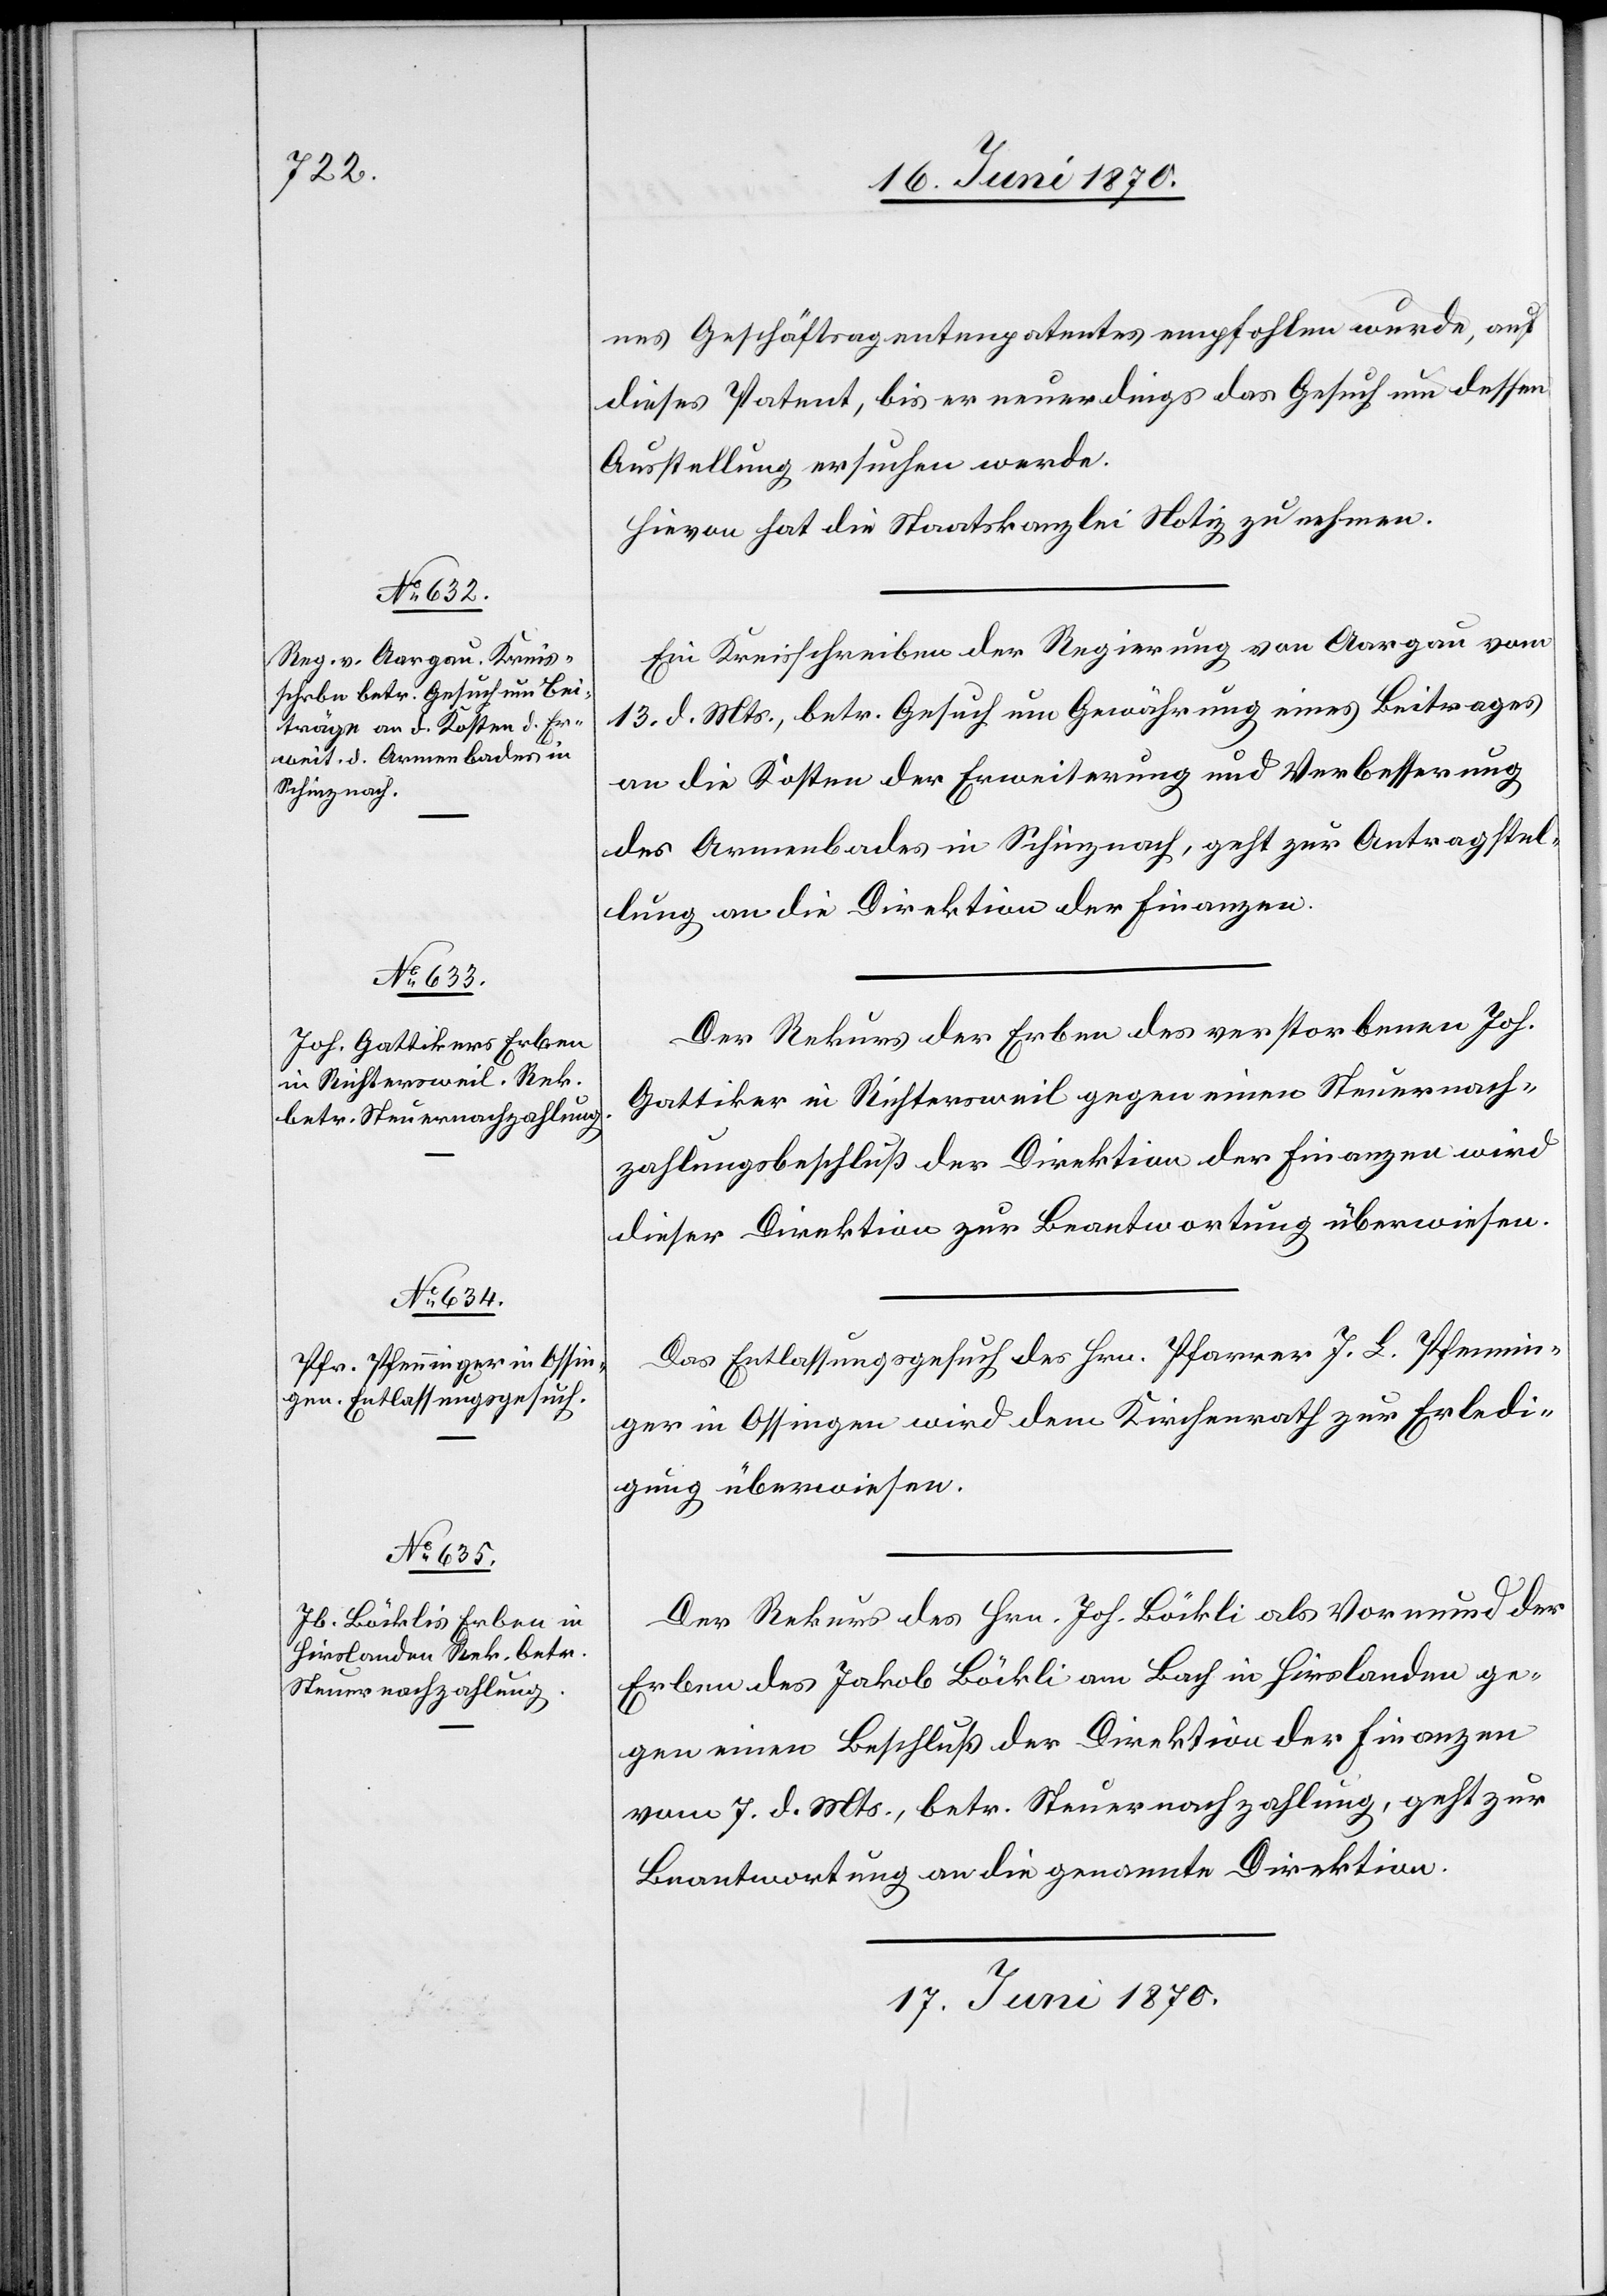
16. Juni 1870.]
nes Geschäftsagentenpatentes empfohlen wurde, auf
dieses Patent, bis er neuerdings das Gesuch um dessen
Ausstellung ersuchen werde.
Hievon hat die Staatskanzlei Notiz zu nehmen.
Ein Kreisschreiben der Regierung von Aargau vom
13. d. Mts., betr. Gesuch um Gewährung eines Beitrages
an die Kosten der Erweiterung und Verbesserung
des Armenbades in Schinznach, geht zur Antragstel¬
lung an die Direktion der Finanzen.
Der Rekurs der Erben des verstorbenen Joh.
Gattiker in Richtersweil gegen einen Steuernach¬
zahlungsbeschluß der Direktion der Finanzen wird
dieser Direktion zur Beantwortung überwiesen.
Das Entlassungsgesuch des Hrn. Pfarrer J. L. Pfennin¬
ger in Ossingen wird dem Kirchenrath zur Erledi¬
gung überwiesen.
Der Rekurs des Hrn. Joh. Böckli als Vormund der
Erben des Jakob Böckli am Bach in Hirslanden ge¬
gen einen Beschluß der Direktion der Finanzen
vom 7. d. Mts., betr. Steuernachzahlung, geht zur
Beantwortung an die genannte Direktion.
17. Juni 1870.